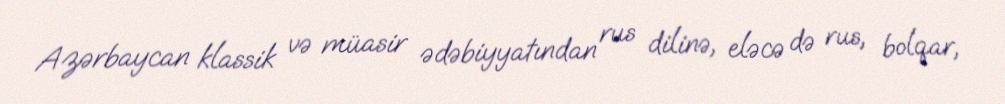
Azərbaycan klassik və müasir ədəbiyyatından rus dilinə, eləcə də rus, bolqar,